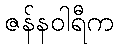
ဇန်နဝါရီက